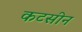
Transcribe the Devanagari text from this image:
कटसीन